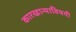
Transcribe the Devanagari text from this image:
कारखान्याविषयी